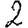
Digit: 2